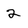
Character: 2